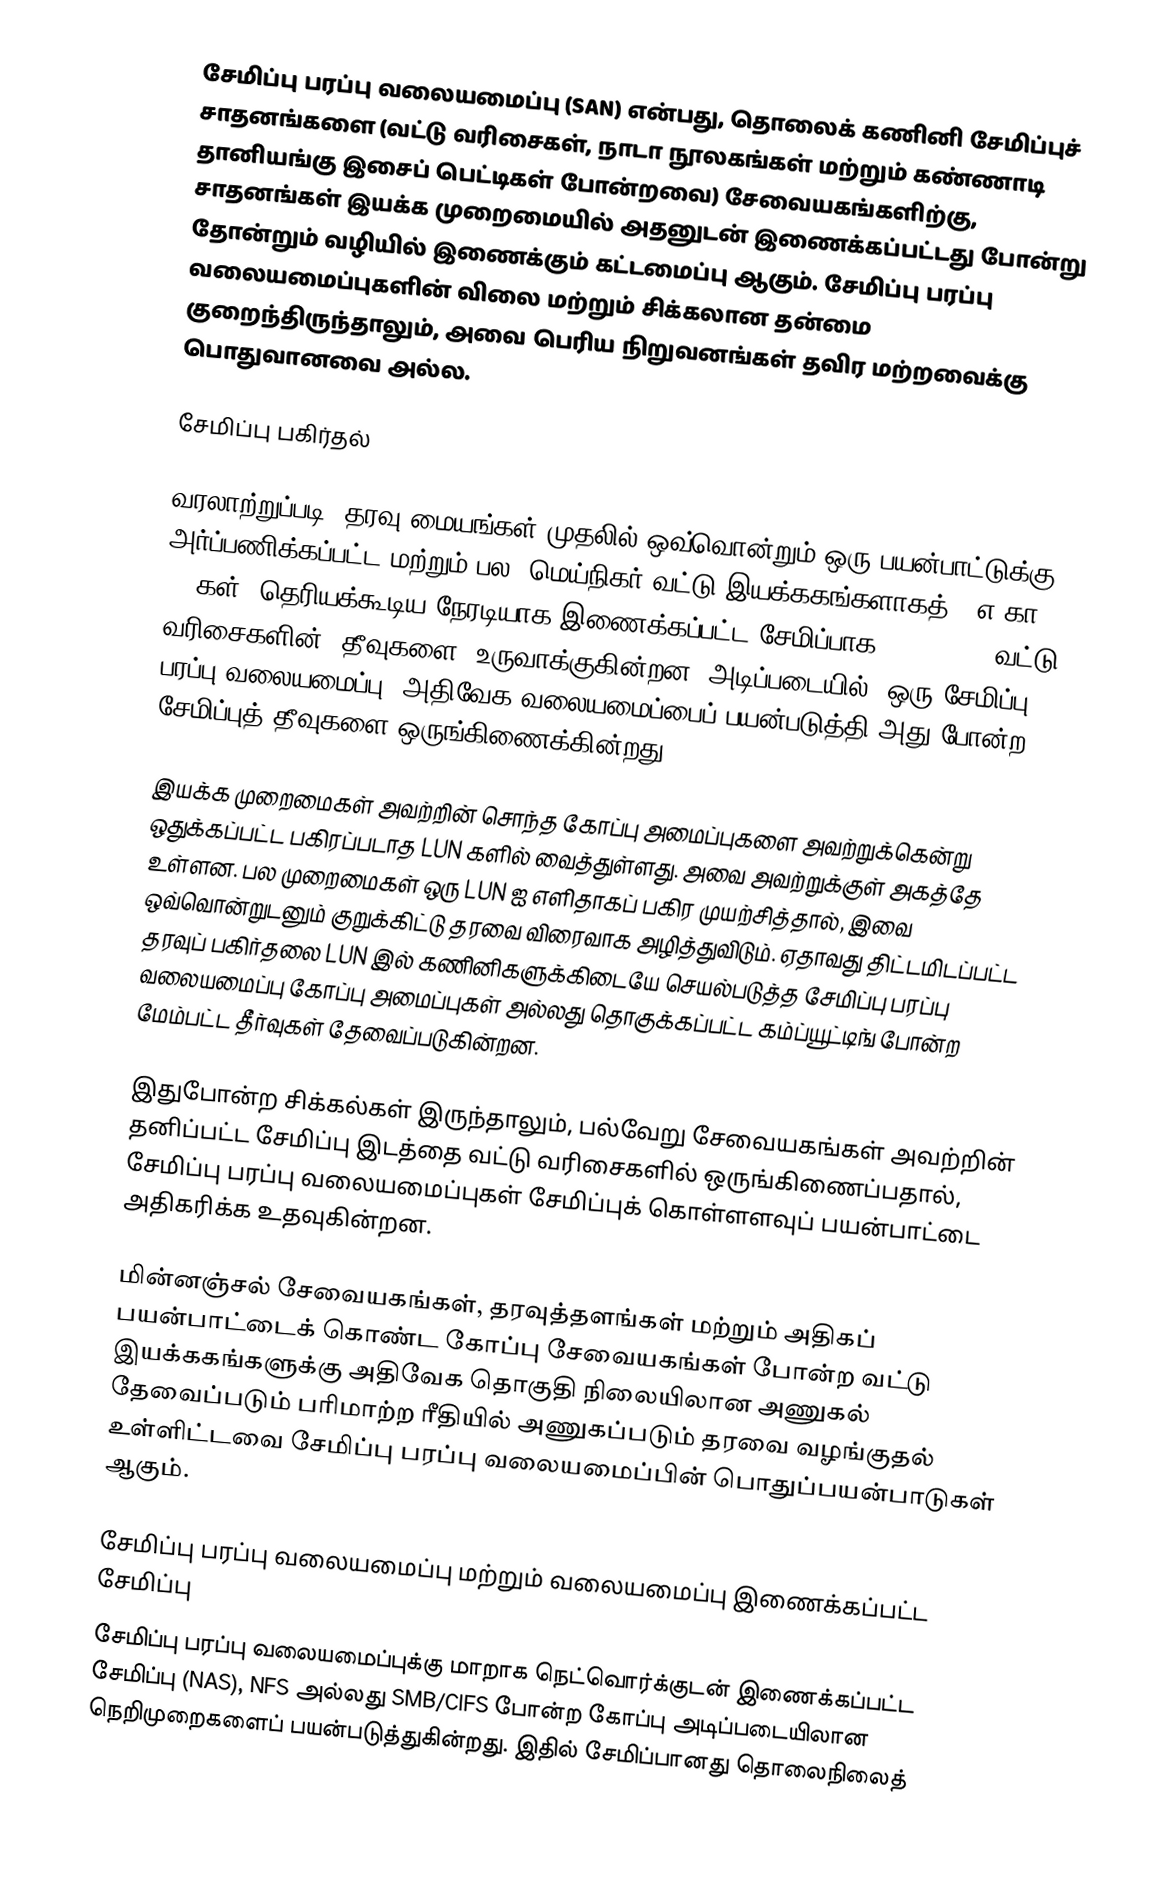
சேமிப்பு பரப்பு வலையமைப்பு (SAN) என்பது, தொலைக் கணினி சேமிப்புச் சாதனங்களை (வட்டு வரிசைகள், நாடா நூலகங்கள் மற்றும் கண்ணாடி தானியங்கு இசைப் பெட்டிகள் போன்றவை) சேவையகங்களிற்கு, சாதனங்கள் இயக்க முறைமையில் அதனுடன் இணைக்கப்பட்டது போன்று தோன்றும் வழியில் இணைக்கும் கட்டமைப்பு ஆகும். சேமிப்பு பரப்பு வலையமைப்புகளின் விலை மற்றும் சிக்கலான தன்மை குறைந்திருந்தாலும், அவை பெரிய நிறுவனங்கள் தவிர மற்றவைக்கு பொதுவானவை அல்ல.

சேமிப்பு பகிர்தல்

வரலாற்றுப்படி, தரவு மையங்கள் முதலில் ஒவ்வொன்றும் ஒரு பயன்பாட்டுக்கு அர்ப்பணிக்கப்பட்ட மற்றும் பல "மெய்நிகர் வட்டு இயக்ககங்களாகத்" (எ.கா. LUNகள்) தெரியக்கூடிய நேரடியாக இணைக்கப்பட்ட சேமிப்பாக (DAS) SCSI வட்டு வரிசைகளின் "தீவுகளை" உருவாக்குகின்றன. அடிப்படையில், ஒரு சேமிப்பு பரப்பு வலையமைப்பு, அதிவேக வலையமைப்பைப் பயன்படுத்தி அது போன்ற சேமிப்புத் தீவுகளை ஒருங்கிணைக்கின்றது.

இயக்க முறைமைகள் அவற்றின் சொந்த கோப்பு அமைப்புகளை அவற்றுக்கென்று ஒதுக்கப்பட்ட பகிரப்படாத LUN களில் வைத்துள்ளது. அவை அவற்றுக்குள் அகத்தே உள்ளன. பல முறைமைகள் ஒரு LUN ஐ எளிதாகப் பகிர முயற்சித்தால், இவை ஒவ்வொன்றுடனும் குறுக்கிட்டு தரவை விரைவாக அழித்துவிடும். ஏதாவது திட்டமிடப்பட்ட தரவுப் பகிர்தலை LUN இல் கணினிகளுக்கிடையே செயல்படுத்த சேமிப்பு பரப்பு வலையமைப்பு கோப்பு அமைப்புகள் அல்லது தொகுக்கப்பட்ட கம்ப்யூட்டிங் போன்ற மேம்பட்ட தீர்வுகள் தேவைப்படுகின்றன.

இதுபோன்ற சிக்கல்கள் இருந்தாலும், பல்வேறு சேவையகங்கள் அவற்றின் தனிப்பட்ட சேமிப்பு இடத்தை வட்டு வரிசைகளில் ஒருங்கிணைப்பதால், சேமிப்பு பரப்பு வலையமைப்புகள் சேமிப்புக் கொள்ளளவுப் பயன்பாட்டை அதிகரிக்க உதவுகின்றன.

மின்னஞ்சல் சேவையகங்கள், தரவுத்தளங்கள் மற்றும் அதிகப் பயன்பாட்டைக் கொண்ட கோப்பு சேவையகங்கள் போன்ற வட்டு இயக்ககங்களுக்கு அதிவேக தொகுதி நிலையிலான அணுகல் தேவைப்படும் பரிமாற்ற ரீதியில் அணுகப்படும் தரவை வழங்குதல் உள்ளிட்டவை சேமிப்பு பரப்பு வலையமைப்பின் பொதுப்பயன்பாடுகள் ஆகும்.

சேமிப்பு பரப்பு வலையமைப்பு மற்றும் வலையமைப்பு இணைக்கப்பட்ட சேமிப்பு
சேமிப்பு பரப்பு வலையமைப்புக்கு மாறாக நெட்வொர்க்குடன் இணைக்கப்பட்ட சேமிப்பு (NAS), NFS அல்லது SMB/CIFS போன்ற கோப்பு அடிப்படையிலான நெறிமுறைகளைப் பயன்படுத்துகின்றது. இதில் சேமிப்பானது தொலைநிலைத்